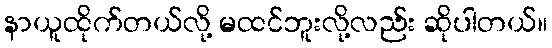
နာယူထိုက်တယ်လို့ မထင်ဘူးလို့လည်း ဆိုပါတယ်။